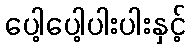
ပေါ့ပေါ့ပါးပါးနှင့်